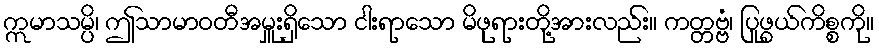
ဣမာသမ္ပိ၊ ဤသာမာဝတီအမှူးရှိသော ငါးရာသော မိဖုရားတို့အားလည်း။ ကတ္တဗ္ဗံ၊ ပြုဖွယ်ကိစ္စကို။